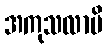
အကုသလာပိ